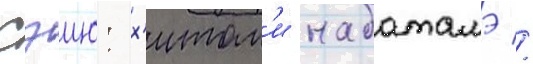
Сэию: х'итом'и набатамэ //